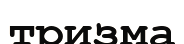
тризма